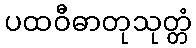
ပထဝီဓာတုသုတ္တံ